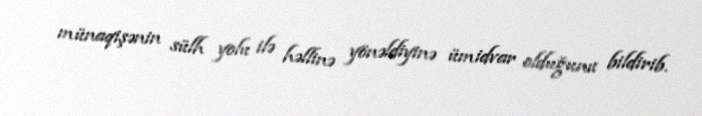
münaqişənin sülh yolu ilə həllinə yönəldiyinə ümidvar olduğunu bildirib.